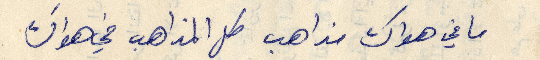
ما في هواك مذاهب كل المذاهب في هواك